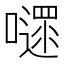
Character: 嚃